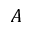
A